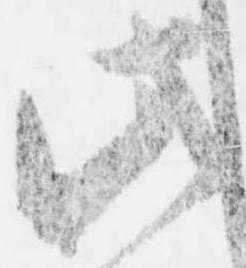
此